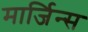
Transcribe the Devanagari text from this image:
मार्जिन्स